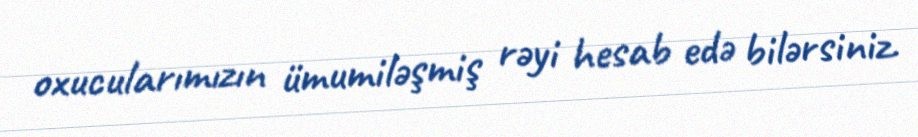
oxucularımızın ümumiləşmiş rəyi hesab edə bilərsiniz.